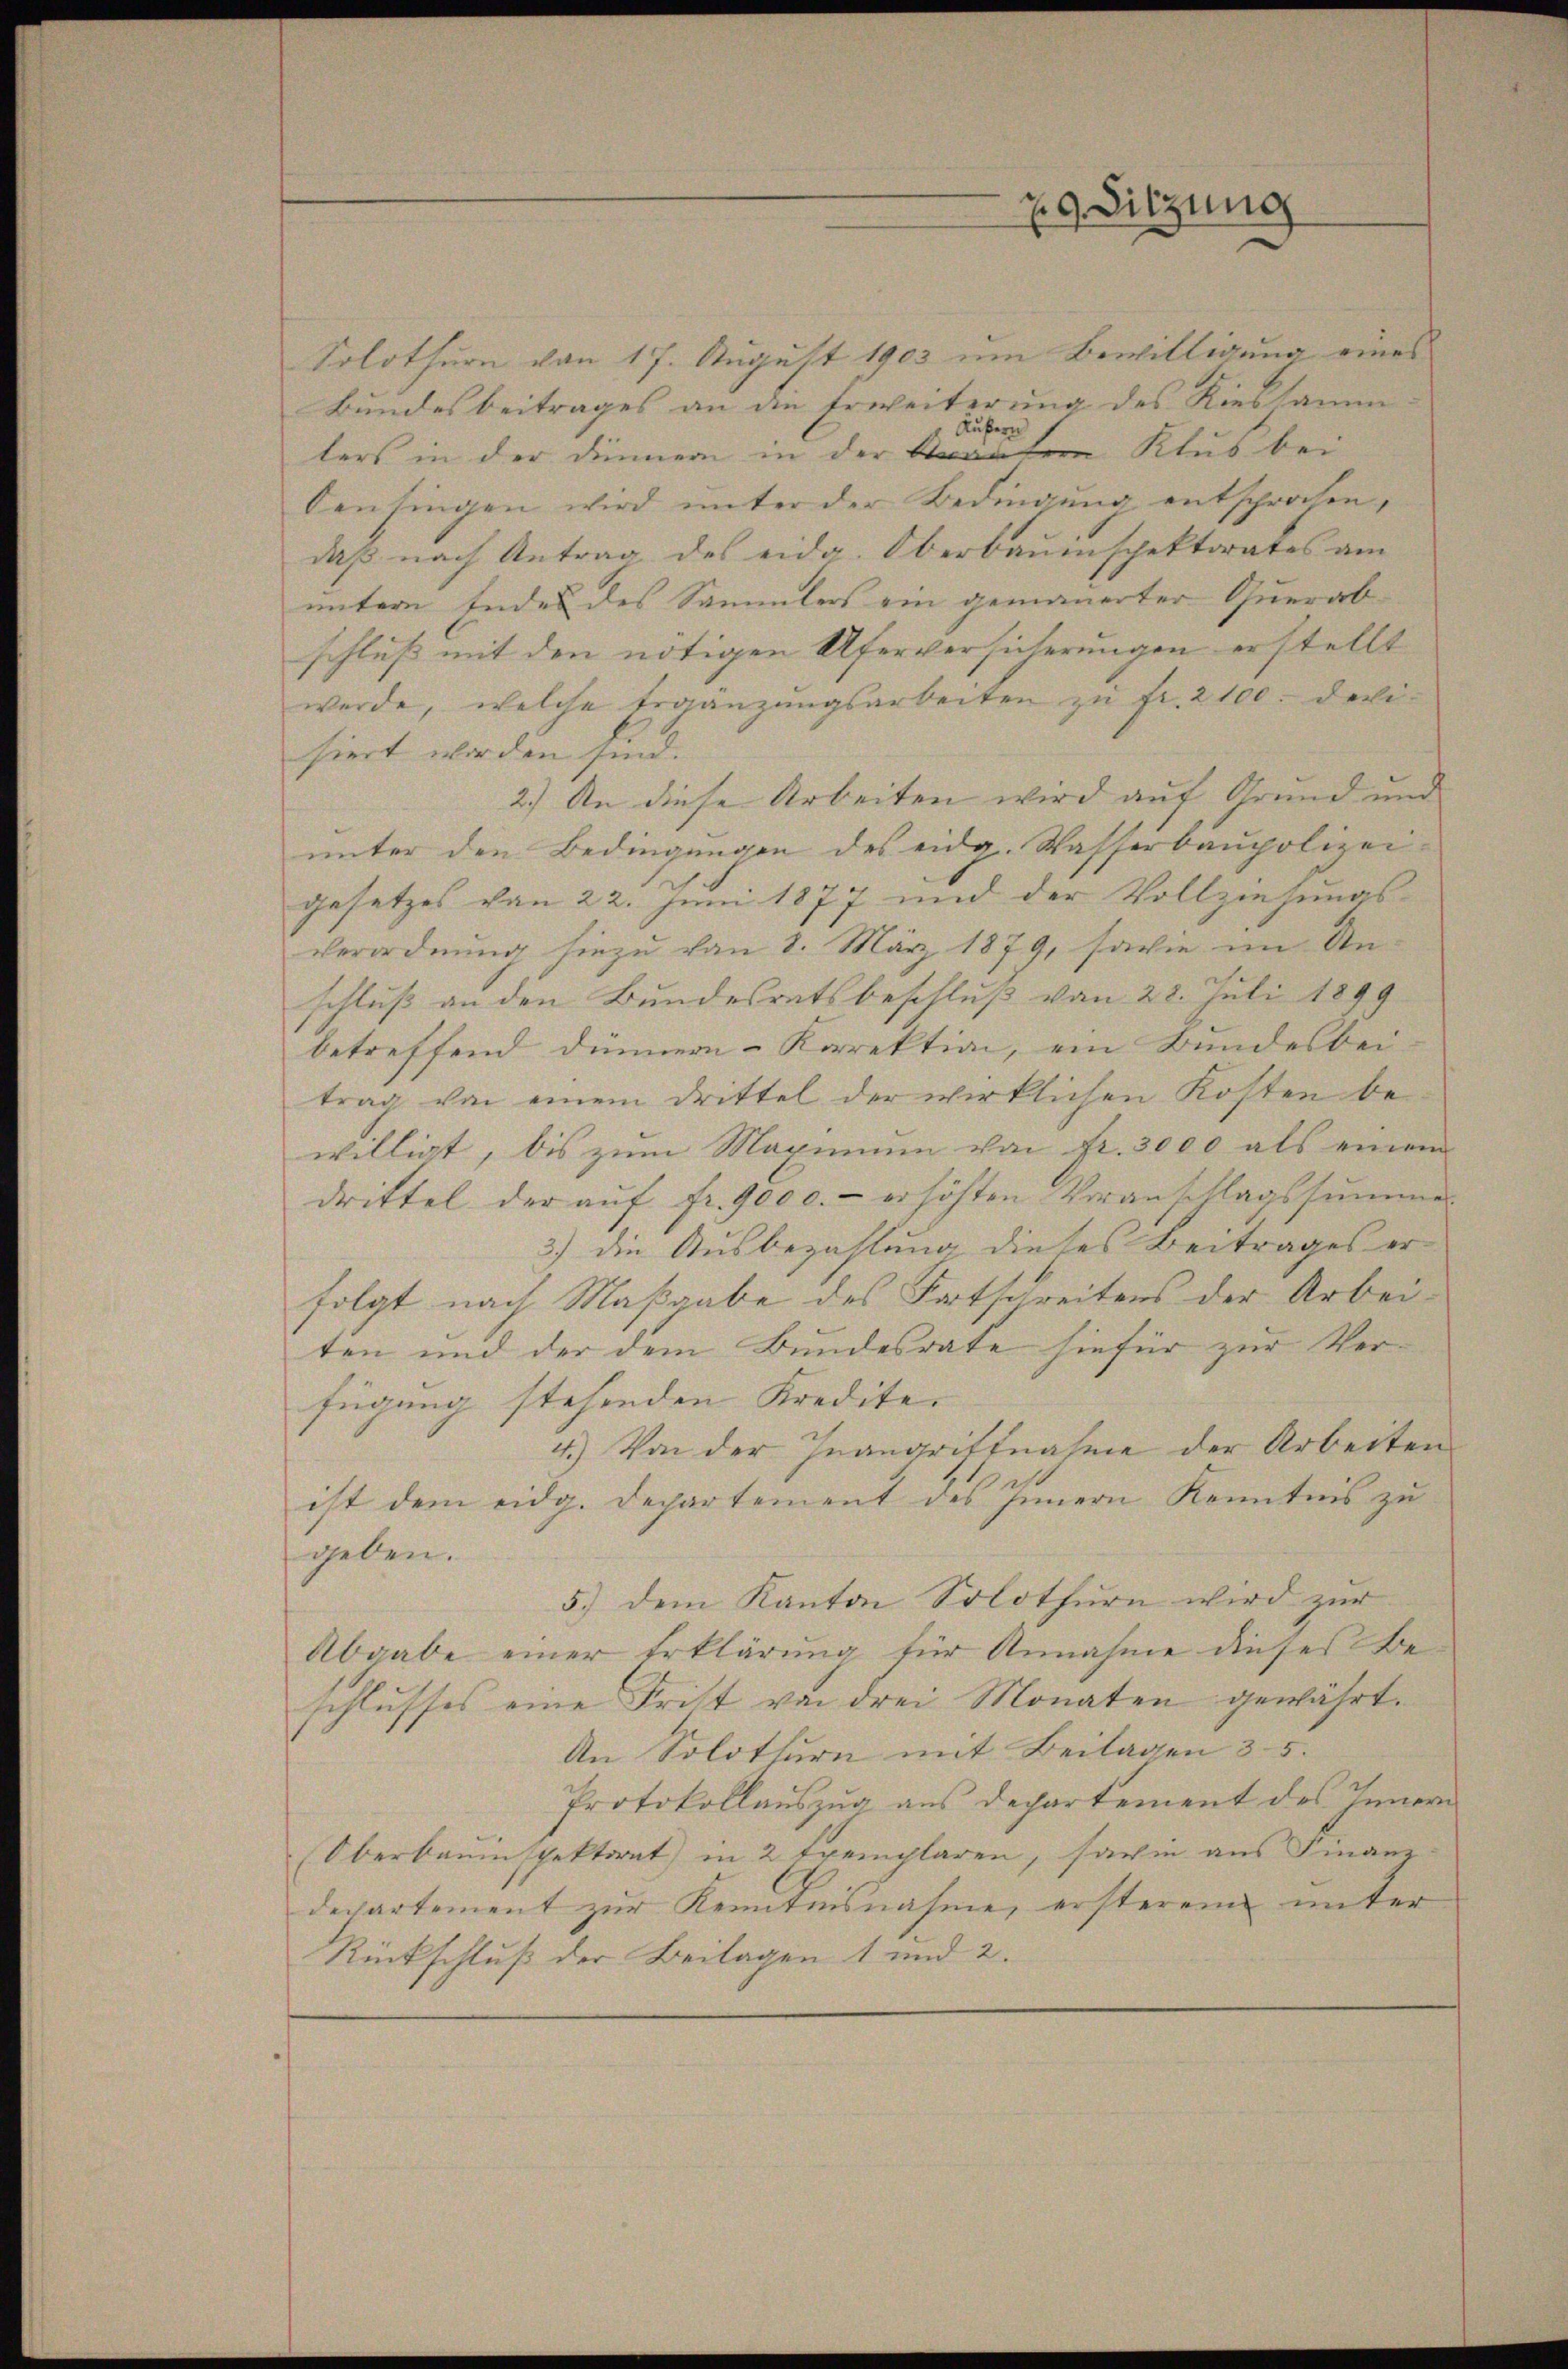
29. Sitzung

Solothurn von 17. August 1903 um Bewilligung eines
Bundesbeitrages an die Erweiterung des Riessamm
Äußern
lers in der Dinnern in der Krantern Klus bei
Censingen wird unter der Bedingung entsprochen,
daß nach Antrag des eidg. Oberbauenspektorates am
untern Endes des Sammlers ein gemauerter Querab-
schluß mit den nötigen Uferversicherungen erstellt
werde, welche Ergänzungsarbeiten zu fr. 2100. Devisiert worden sind.
2.) An diese Arbeiten wird auf Grund und
unter den Bedingungen des eidg. Wasserbaupolizei-
gesetzes von 22. Juni 1877 und der Vollziehungsverordnŭng hiezŭ von 8. März 1879, sowie im Un-
schluß an den Bundesratsbeschluß von 28. Juli 1899
betreffend dünnern Korrektion, ein Bundesbei-
trag von einem drittel der wirklichen Kosten be-
willigt, bis zum Maximum von fr. 3000 als einem
drittel der aŭf fr. 9000.- erhöhten Voranschlagssumme
3) die Ausbezahlung dieses Beitrages er
folgt nach Maßgabe des Fortschreitens der Arbei-
ten und der dem Bundesrate hiefür zur Verfügung stehenden Kredite.
4.) Von der Inangriffnahme der Arbeiten
ist dem eidg. Departement des Innern Kenntnis zu
geben.
5.) dem Kanton Solothurn wird zŭr
Abgabe einer Erklärung für Annahme dieses Beschlusses eine Frist von drei Monaten gewährt.
An Solothurn mit Beilagen 35.
Protokollauszug aus Departement des Innern
(Oberbauinspektorat in 2 Exemplaren, sowie aus Finanz-
departement zŭr Kenntnisnahme, ersterem unter
Rückschluß der Beilagen 1 und 2.